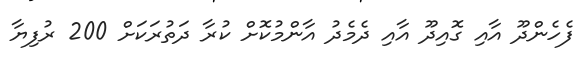
ފެހެންދޫ އާއި ގޮއިދޫ އާއި ދެމެދު އާންމުކޮށް ކުރާ ދަތުރަކަށް 200 ރުފިޔާ